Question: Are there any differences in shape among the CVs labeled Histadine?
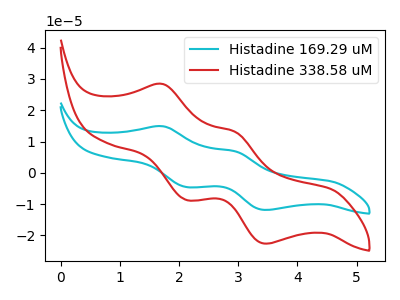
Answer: <think>The cyan curve "Histadine 169.29 uM" has anodic peaks at (1.75V, 14.90uA) (2.95V, 6.85uA) and cathodic peaks at (2.15V, -4.55uA) (3.45V, -11.85uA). The red curve "Histadine 338.58 uM" has anodic peaks at (1.75V, 28.40uA) (2.95V, 13.05uA) and cathodic peaks at (2.15V, -8.70uA) (3.45V, -22.65uA).
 All the peaks in "Histadine 169.29 uM" have a peak in "Histadine 338.58 uM" at the same potential. Every peak in "Histadine 169.29 uM" is lower than every peak in "Histadine 338.58 uM".</think>
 <answer>All the CV's of "Histadine" have similar shape.</answer>
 <eval>follow_rule</eval>